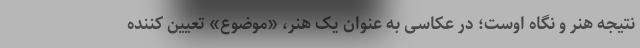
نتیجه هنر و نگاه اوست؛ در عکاسی به عنوان یک هنر، «موضوع» تعیین کننده